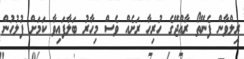
ރިލްވާން ފެނޭތޯ ރާއްޖޭގެ ހުރިހާ ރަށެއް ވެސް މިހާރު ބަލާފައިވާ ކަމަަށް ފުލުހުން